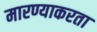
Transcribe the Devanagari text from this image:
मारण्याकरता